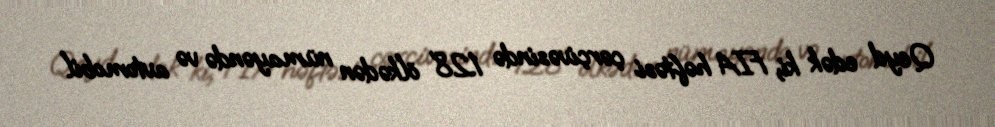
Qeyd edək ki, FIA həftəsi çərçivəsində 128 ölkədən nümayəndə və avtomobil